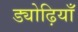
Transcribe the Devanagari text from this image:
ड्योढ़ियाँ